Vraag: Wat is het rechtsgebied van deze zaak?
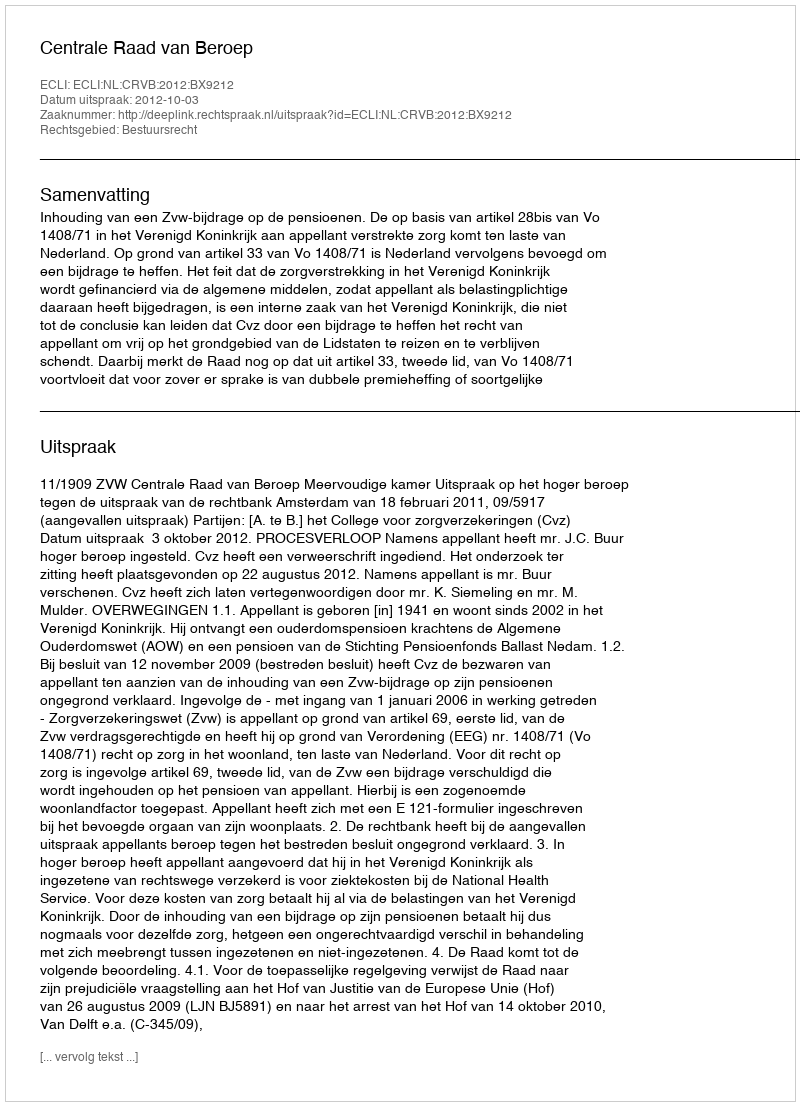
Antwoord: Bestuursrecht